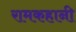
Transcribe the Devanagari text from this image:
रामकहानी